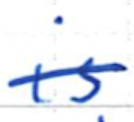
Text: is
Cross-out: mix
Writing tool: ballpoint